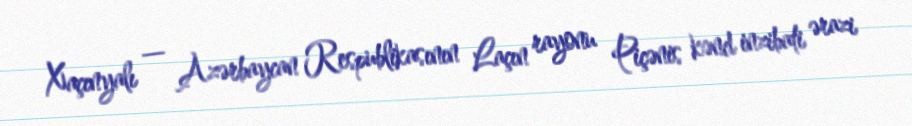
Xaçınyalı — Azərbaycan Respublikasının Laçın rayonu Piçənis kənd inzibati ərazi